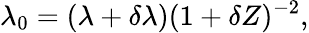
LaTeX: \lambda_{0}=(\lambda+\delta\lambda)(1+\delta Z)^{-2},